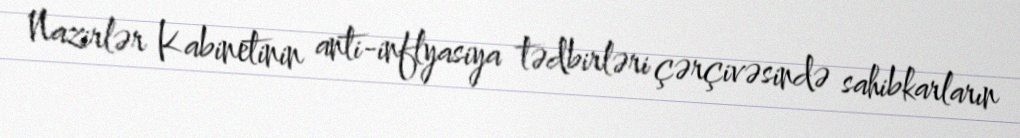
Nazirlər Kabinetinin anti-inflyasiya tədbirləri çərçivəsində sahibkarların